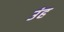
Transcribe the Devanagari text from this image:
उंह